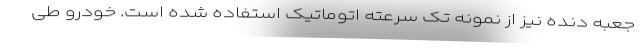
جعبه دنده نیز از نمونه تک سرعته اتوماتیک استفاده شده است. خودرو طی